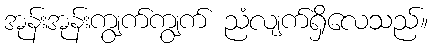
အုန်းအုန်းကျွက်ကျွက် ညံလျက်ရှိလေသည်။